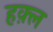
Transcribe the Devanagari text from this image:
हक़्ल